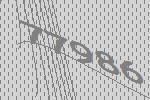
77986